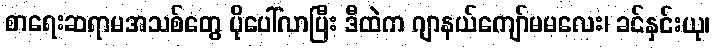
စာရေးဆရာမအသစ်တွေ ပိုပေါ်လာပြီး ဒီထဲက ဂျာနယ်ကျော်မမလေး၊ ခင်နှင်းယု၊